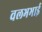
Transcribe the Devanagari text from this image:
वलभभाई